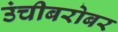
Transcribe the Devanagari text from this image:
उंचीबरोबर